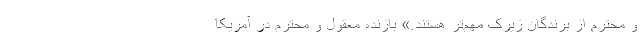
و محترم از برندگان زیرک مهم‌تر هستند.» بازنده معقول و محترم در آمریکا